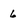
Character: 6